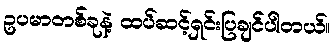
ဥပမာတစ်ခုနဲ့ ထပ်ဆင့်ရှင်းပြချင်ပါတယ်။